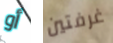
أو غرفتين